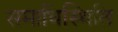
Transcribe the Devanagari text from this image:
समाधिस्थिति